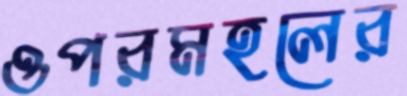
ওপরমহলের